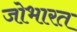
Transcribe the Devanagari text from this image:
जोभारत